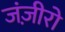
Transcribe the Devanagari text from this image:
जंज़ीरो